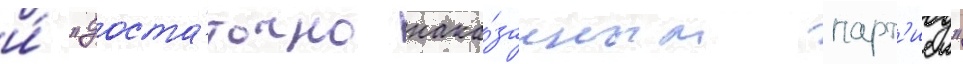
и́ "доста́точно нака́занным парт'иеи"